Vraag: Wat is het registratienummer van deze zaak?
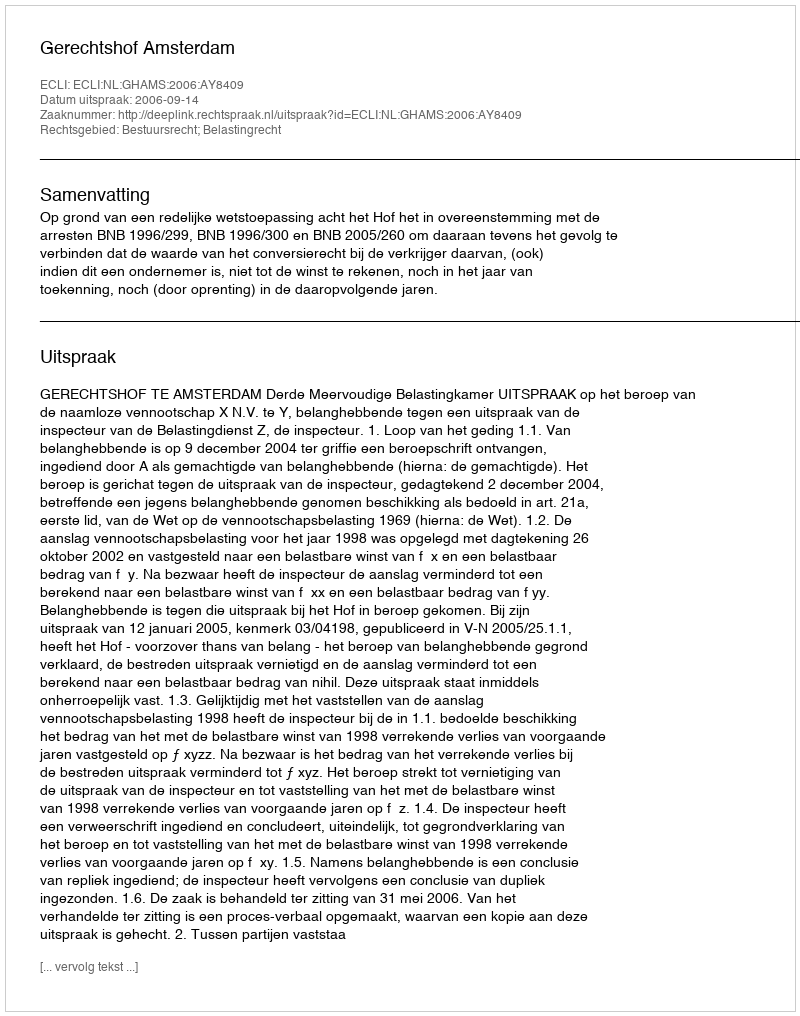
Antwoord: http://deeplink.rechtspraak.nl/uitspraak?id=ECLI:NL:GHAMS:2006:AY8409